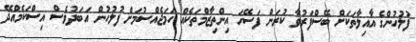
ފުލުހުންގެ އާއިލާތަކަށް ބޭސްފަރުވާ ކުރަން ފަސޭހަ އިންތިޒާމްތަކެއް ހަމަޖެއްސުމަށް ފުލުހުން އަބަދުވެސް އިސްކަމެއްދޭ